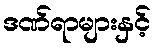
ဒဏ်ရာများနှင့်